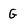
Character: G